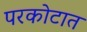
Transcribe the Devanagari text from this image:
परकोटात